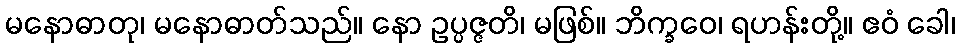
မနောဓာတု၊ မနောဓာတ်သည်။ နော ဥပ္ပဇ္ဇတိ၊ မဖြစ်။ ဘိက္ခဝေ၊ ရဟန်းတို့။ ဧဝံ ခေါ၊